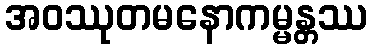
အဝဿုတမနောကမ္မန္တဿ